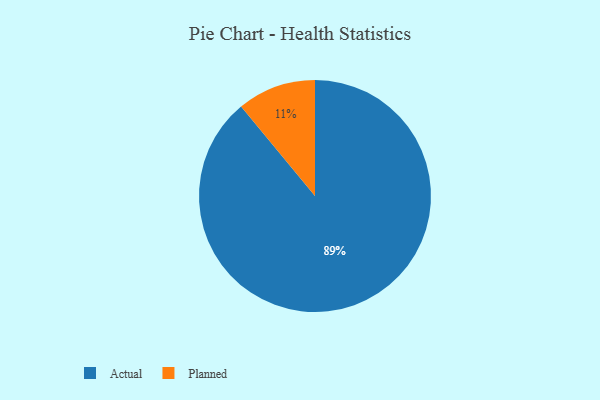
{"axis": {"x": "Category", "y": "Percentage"}, "legend": ["Actual", "Planned"], "data": [{"x": "Actual", "y": 89, "type": "Actual"}, {"x": "Planned", "y": 11, "type": "Planned"}]}